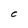
Character: C